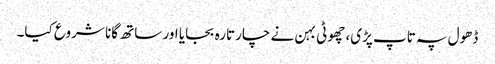
ڈھول پہ تاپ پڑی، چھوٹی بہن نے چارتارہ بجایا اور ساتھ گانا شروع کیا۔